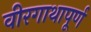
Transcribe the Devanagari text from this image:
वीरगाथापूर्ण